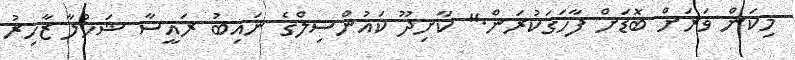
މިކަން ވަރަށް ބޮޑަށް ފާހަގަކުރަން." ކާށިދޫ ކައުންސިލްގެ ނައިބު ރައީސާ ޝަހުލާ ޒާހިރު